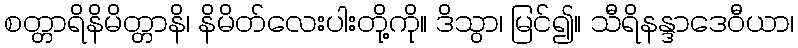
စတ္တာရိနိမိတ္တာနိ၊ နိမိတ်လေးပါးတို့ကို။ ဒိသွာ၊ မြင်၍။ သီရိနန္ဒာဒေဝီယာ၊